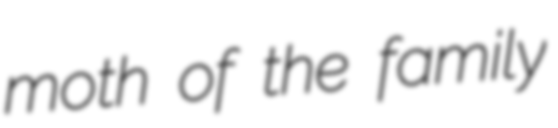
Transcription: moth of the family